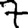
Digit: 7